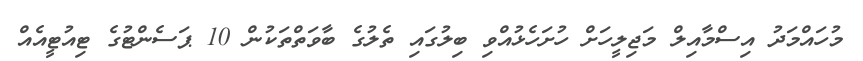
މުހައްމަދު އިސްމާއިލް މަޖިލީހަށް ހުށަހެޅުއްވި ބިލުގައި ތެލުގެ ބާވަތްތަކުން 10 ޕަސެންޓުގެ ޓިއުޓީއެއް